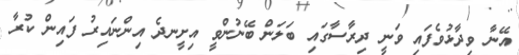
އޭނާ ވިދާޅުވެފައި ވަނީ ދިރާސާގައި ބަލަން ބޭނުންވީ އިށީނދެ އިންނައިރު ފައިން ކުރާ